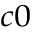
_ { c 0 }